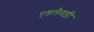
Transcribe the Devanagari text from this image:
एडलैयडी